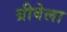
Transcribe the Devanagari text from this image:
ग्रीवेला